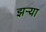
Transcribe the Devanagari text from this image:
झऱ्या